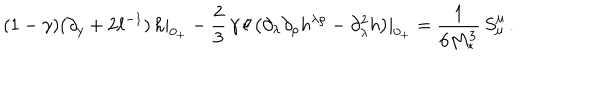
( 1 - \gamma ) ( \partial _ { y } + 2 \ell ^ { - 1 } ) \, h | _ { 0 _ { + } } - \frac { 2 } { 3 } \, \gamma \, \ell \, \big ( \partial _ { \lambda } \partial _ { \rho } h ^ { \lambda \rho } - \partial _ { \lambda } ^ { 2 } h \big ) | _ { 0 _ { + } } = \frac { 1 } { 6 M _ { * } ^ { 3 } } \, S _ { \mu } ^ { \mu } \, .